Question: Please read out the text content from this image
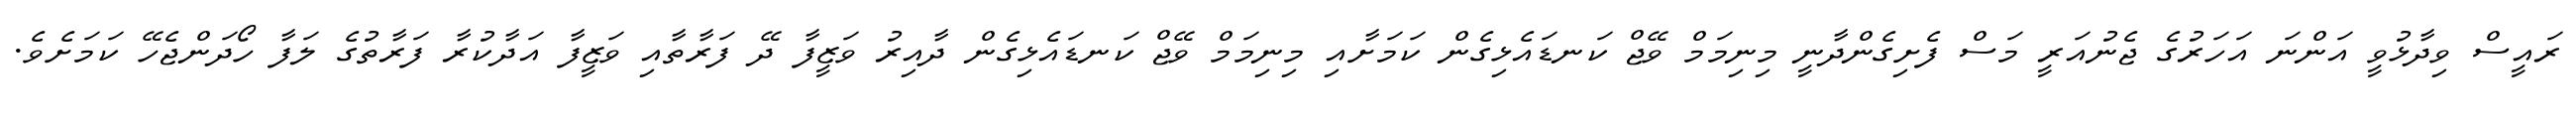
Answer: ރައީސް ވިދާޅުވީ އަންނަ އަހަރުގެ ޖެނުއަރީ މަސް ފެށިގެންދާނީ މިނިމަމް ވޭޖް ކަނޑައެޅިގެން ކަމަށާއި މިނިމަމް ވޭޖް ކަނޑައެޅިގެން ދާއިރު ވަޒީފާ ދޭ ފަރާތާއި ވަޒީފާ އަދާކުރާ ފަރާތުގެ ލަފާ ހޯދަންޖެހޭ ކަމަށެވެ.